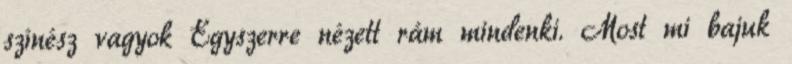
színész vagyok Egyszerre nézett rám mindenki. Most mi bajuk